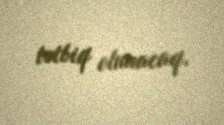
tətbiq olunacaq.